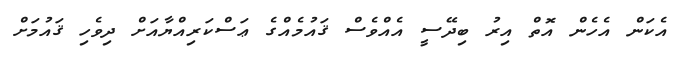
އެކަން އެހެން އޮތް އިރު ބިދޭސީ އެއްވެސް ޤައުމެއްގެ ޢަސްކަރިއްޔާއަށް ދިވެހި ޤައުމަށް